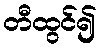
တီထွင်၍